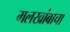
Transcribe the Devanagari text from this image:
मलखांबाचा